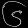
Digit: ၆